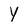
Character: Y